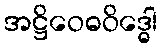
အဋ္ဌိဝေဓဝိဒ္ဓေါ